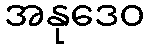
အနုဒေဝ